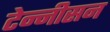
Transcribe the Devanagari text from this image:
टेन्नीसन